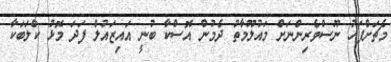
މެޗަށްފަހު ނޫސްވެރިންނަށް މައުލޫމާތު ދެމުން އޮސްކާ ބުނީ އައިޒައުލް ފަދަ މޮޅު ކްލަބަކާ